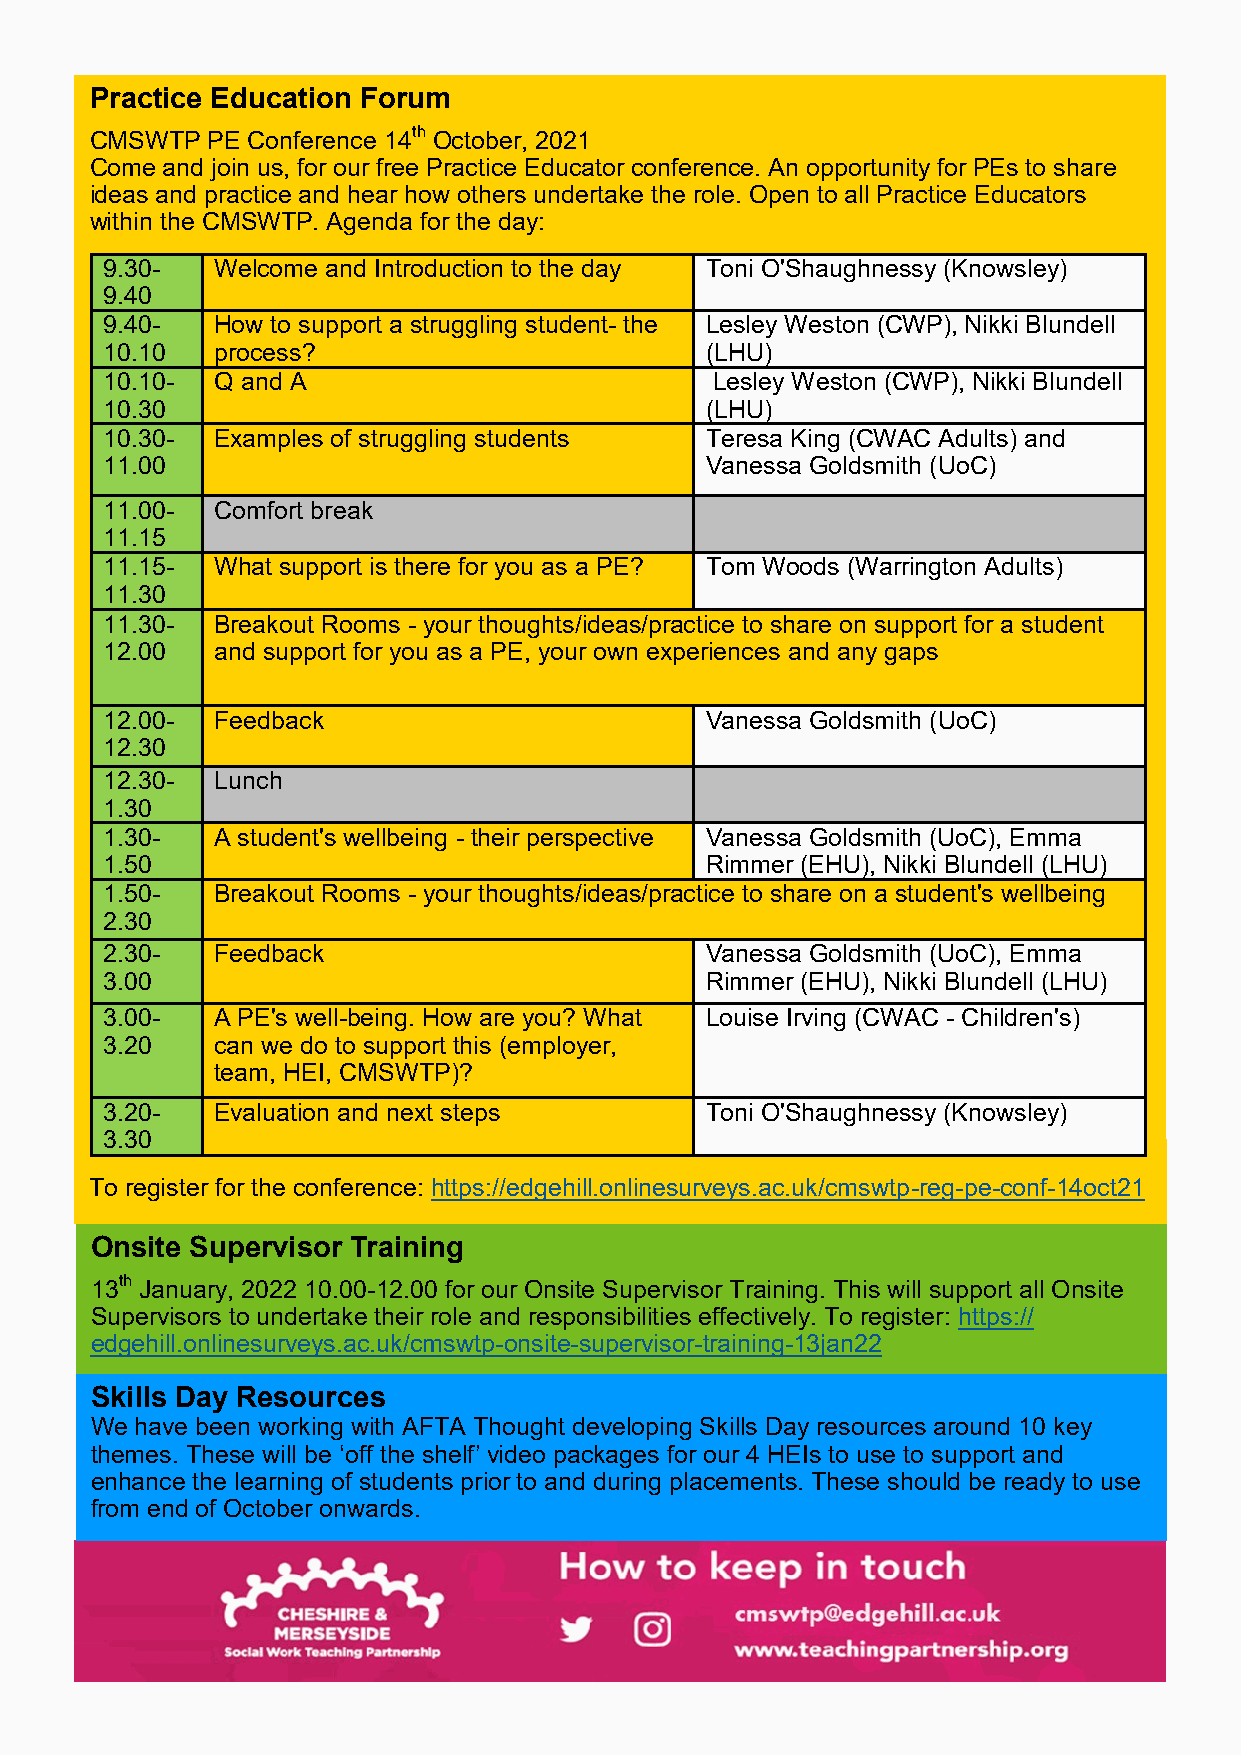
Practice Education Forum
 CMSWTP  PE Conference 14th October, 2021
 Come and join us, for our free Practice Educator conference. An opportunity for PEs to share
 ideas and practice and hear how others undertake the role. Open to all Practice Educators
 within the CMSWTP. Agenda for the day:
 9.30-  Welcome and Introduction to the day Toni O'Shaughnessy (Knowsley)
 9.40
 9.40-  How to support a struggling student- the Lesley Weston (CWP), Nikki Blundell
 10.10  process?                         (LHU)
 10.10- Q and A                          Lesley Weston (CWP), Nikki Blundell
 10.30                                   (LHU)
 10.30- Examples of struggling students  Teresa King (CWAC Adults) and
 11.00                                   Vanessa Goldsmith (UoC)
 11.00- Comfort break
 11.15
 11.15- What support is there for you as a PE? Tom Woods (Warrington Adults)
 11.30
 11.30- Breakout Rooms - your thoughts/ideas/practice to share on support for a student
 12.00  and support for you as a PE, your own experiences and any gaps
 12.00- Feedback                         Vanessa Goldsmith (UoC)
 12.30
 12.30- Lunch
 1.30
 1.30-  A student's wellbeing - their perspective Vanessa Goldsmith (UoC), Emma
 1.50                                    Rimmer (EHU), Nikki Blundell (LHU)
 1.50-  Breakout Rooms - your thoughts/ideas/practice to share on a student's wellbeing
 2.30
 2.30-  Feedback                         Vanessa Goldsmith (UoC), Emma
 3.00                                    Rimmer (EHU), Nikki Blundell (LHU)
 3.00-  A PE's well-being. How are you? What Louise Irving (CWAC - Children's)
 3.20   can we do to support this (employer,
 team, HEI, CMSWTP)?
 3.20-  Evaluation and next steps        Toni O'Shaughnessy (Knowsley)
 3.30
 To register for the conference: https://edgehill.onlinesurveys.ac.uk/cmswtp-reg-pe-conf-14oct21
 Onsite Supervisor Training
 13th January, 2022 10.00-12.00 for our Onsite Supervisor Training. This will support all Onsite
 Supervisors to undertake their role and responsibilities effectively. To register: https://
 edgehill.onlinesurveys.ac.uk/cmswtp-onsite-supervisor-training-13jan22
 Skills Day Resources
 We have been working with AFTA Thought developing Skills Day resources around 10 key
 themes. These will be ‘off the shelf’ video packages for our 4 HEIs to use to support and
 enhance the learning of students prior to and during placements. These should be ready to use
 from end of October onwards.